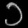
Digit: ၁